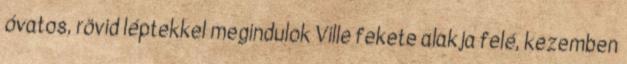
óvatos, rövid léptekkel megindulok Ville fekete alakja felé, kezemben